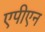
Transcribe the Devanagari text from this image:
एपीएन